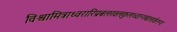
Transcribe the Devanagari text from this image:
विश्वामित्राध्वरारिप्रबलखलकुलध्वान्तबालार्करूप